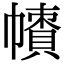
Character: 𢅙